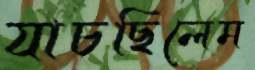
যাচছিলেম